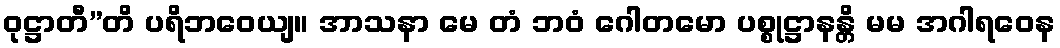
ဝုဋ္ဌာတီ”တိ ပရိဘဝေယျ။ အာသနာ မေ တံ ဘဝံ ဂေါတမော ပစ္စုဋ္ဌာနန္တိ မမ အဂါရဝေန